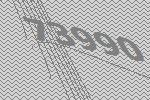
73990